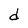
Character: d